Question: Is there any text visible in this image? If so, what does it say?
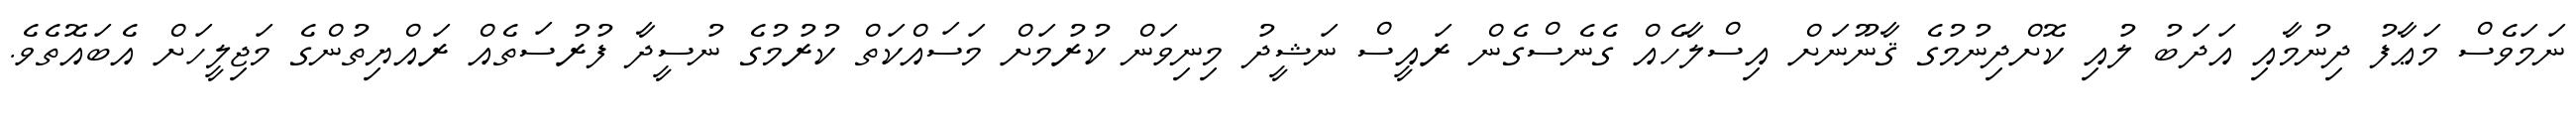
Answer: ނަމަވެސް މަޢާފު ދިނުމާއި އަދަބު ލުއި ކޮށްދިނުމުގެ ޤާނޫނަށް އިސްލާހެއް ގެނެސްގެން ރައީސް ނަޝީދު މިނިވަން ކުރުމަށް މަސައްކަތް ކުރުމުގެ ނުސީދާ ފުރުސަތެއް ރައްޔިތުންގެ މަޖިލީހަށް އެބައޮތެވެ.